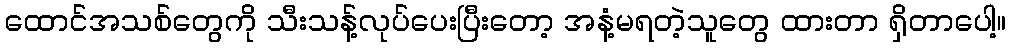
ထောင်အသစ်တွေကို သီးသန့်လုပ်ပေးပြီးတော့ အနံ့မရတဲ့သူတွေ ထားတာ ရှိတာပေါ့။